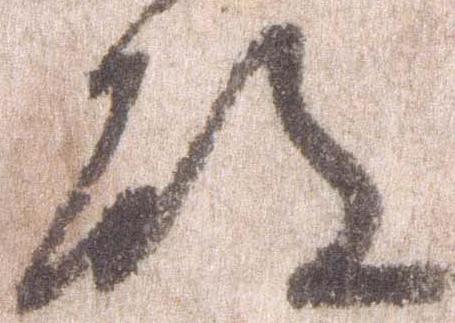
殿